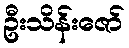
ဦးသိန်းဇော်